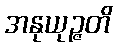
အနုယုဉ္ဇတိ